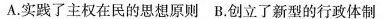
A.实践了主权在民的思想原则 B.创立了新型的行政体制